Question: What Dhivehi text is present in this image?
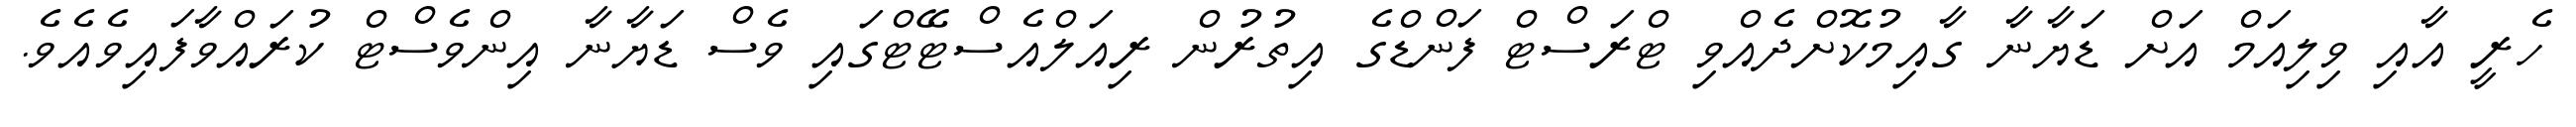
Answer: ހެރީ އާއި ވިލިއަމް އަށް ޑަޔާނާ ގާއިމުކޮށްދެއްވި ޓްރަސްޓް ފަންޑްގެ އިތުރުން ރިއަލްއެސްޓޭޓްގައި ވެސް ޑަޔާނާ އިންވެސްޓް ކުރައްވާފައިވެއެވެ.